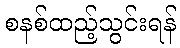
စနစ်ထည့်သွင်းရန်